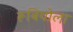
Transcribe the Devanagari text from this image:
रूबियोला